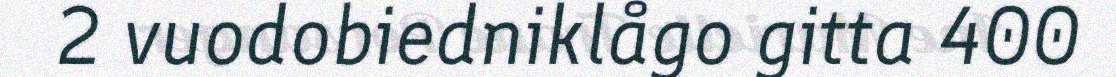
2 vuodobiedniklågo gitta 400